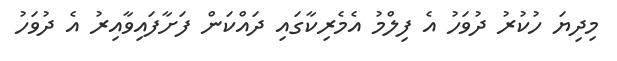
މިދިޔަ ހުކުރު ދުވަހު އެ ފިލްމު އެމެރިކާގައި ދައްކަން ފަށާފައިވާއިިރު އެ ދުވަހު